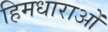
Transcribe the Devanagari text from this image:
हिमधाराओं